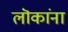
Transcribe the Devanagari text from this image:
लॊकांना